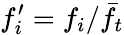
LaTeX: f_{i}^{\prime}=f_{i}/\bar{f}_{t}